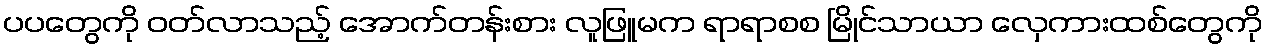
ပပတွေကို ဝတ်လာသည့် အောက်တန်းစား လူဖြူမက ရာရာစစ မြိုင်သာယာ လှေကားထစ်တွေကို